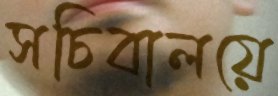
সচিবালয়ে